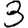
Digit: 3